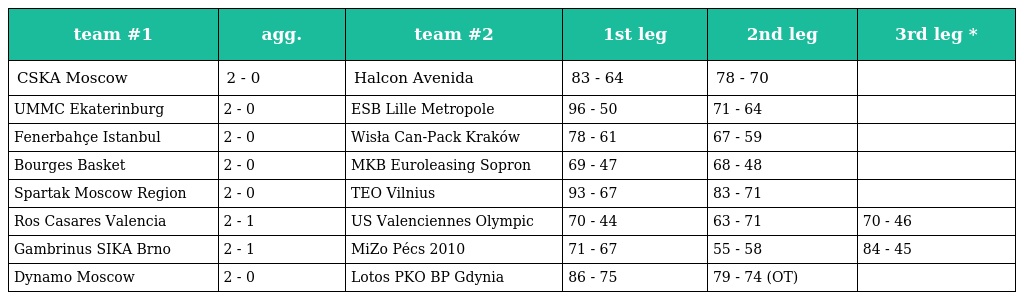
| team #1 | agg. | team #2 | 1st leg | 2nd leg | 3rd leg * |
 | --- | --- | --- | --- | --- | --- |
 | CSKA Moscow | 2 - 0 | Halcon Avenida | 83 - 64 | 78 - 70 |  |
 | UMMC Ekaterinburg | 2 - 0 | ESB Lille Metropole | 96 - 50 | 71 - 64 |  |
 | Fenerbahçe Istanbul | 2 - 0 | Wisła Can-Pack Kraków | 78 - 61 | 67 - 59 |  |
 | Bourges Basket | 2 - 0 | MKB Euroleasing Sopron | 69 - 47 | 68 - 48 |  |
 | Spartak Moscow Region | 2 - 0 | TEO Vilnius | 93 - 67 | 83 - 71 |  |
 | Ros Casares Valencia | 2 - 1 | US Valenciennes Olympic | 70 - 44 | 63 - 71 | 70 - 46 |
 | Gambrinus SIKA Brno | 2 - 1 | MiZo Pécs 2010 | 71 - 67 | 55 - 58 | 84 - 45 |
 | Dynamo Moscow | 2 - 0 | Lotos PKO BP Gdynia | 86 - 75 | 79 - 74 (OT) |  |